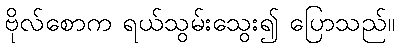
ဗိုလ်စောက ရယ်သွမ်းသွေး၍ ပြောသည်။